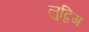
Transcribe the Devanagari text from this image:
लुद्विग